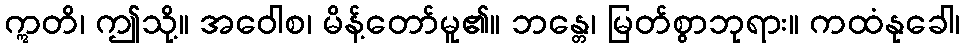
ဣတိ၊ ဤသို့။ အဝေါစ၊ မိန့်တော်မူ၏။ ဘန္တေ၊ မြတ်စွာဘုရား။ ကထံနုခေါ၊